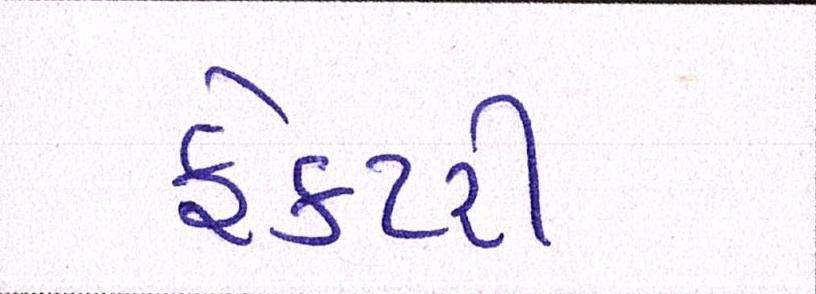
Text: ફેક્ટરી